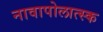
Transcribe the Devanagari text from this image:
नावापोलात्स्क